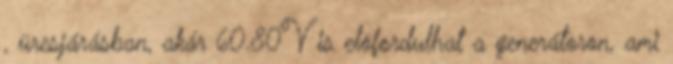
, üresjárásban, akár 60.80V is elõfordulhat a generátoron, ami